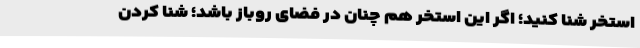
استخر شنا کنید؛ اگر این استخر هم چنان در فضای روباز باشد؛ شنا کردن